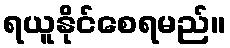
ရယူနိုင်စေရမည်။